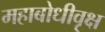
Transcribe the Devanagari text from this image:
महाबोधीवृक्ष